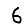
Digit: 6